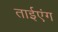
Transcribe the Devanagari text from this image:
ताईएंग